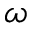
\omega